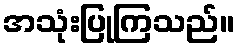
အသုံးပြုကြသည်။